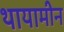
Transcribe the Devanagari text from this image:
थायामीन